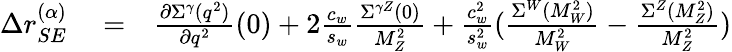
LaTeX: \begin{array}{rlr}{\Delta r_{SE}^{(\alpha)}}&{{}=}&{\frac{\partial\Sigma^{\gamma}(q^{2})}{\partial q^{2}}(0)+2\frac{c_{w}}{s_{w}}\frac{\Sigma^{\gamma Z}(0)}{M_{Z}^{2}}+\frac{c_{w}^{2}}{s_{w}^{2}}(\frac{\Sigma^{W}(M_{W}^{2})}{M_{W}^{2}}-\frac{\Sigma^{Z}(M_{Z}^{2})}{M_{Z}^{2}})}\end{array}